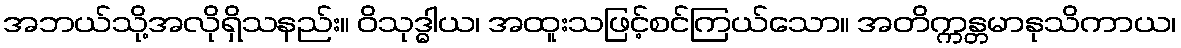
အဘယ်သို့အလိုရှိသနည်း။ ဝိသုဒ္ဓါယ၊ အထူးသဖြင့်စင်ကြယ်သော။ အတိက္ကန္တမာနုသိကာယ၊